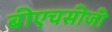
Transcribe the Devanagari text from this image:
बीएचसीजी